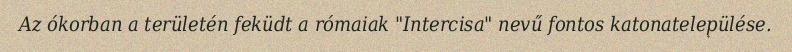
Az ókorban a területén feküdt a rómaiak "Intercisa" nevű fontos katonatelepülése.